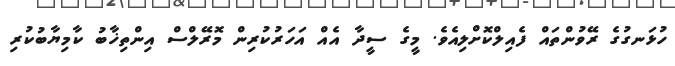
ހުޅަނގުގެ ރޭވުންތައް ފެއިލްކޮށްލިއެވެ. މީގެ ސީދާ އެއް އަހަރުކުރިން މޮރޭލްސް އިންތިޚާބު ކާމިޔާބުކުރި